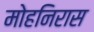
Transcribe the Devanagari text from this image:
मोहनिरास